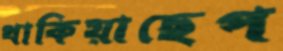
থাকিয়াছেপ